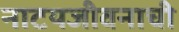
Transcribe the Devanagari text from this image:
नाटयजीवनाची